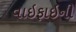
વાઇફાઇની